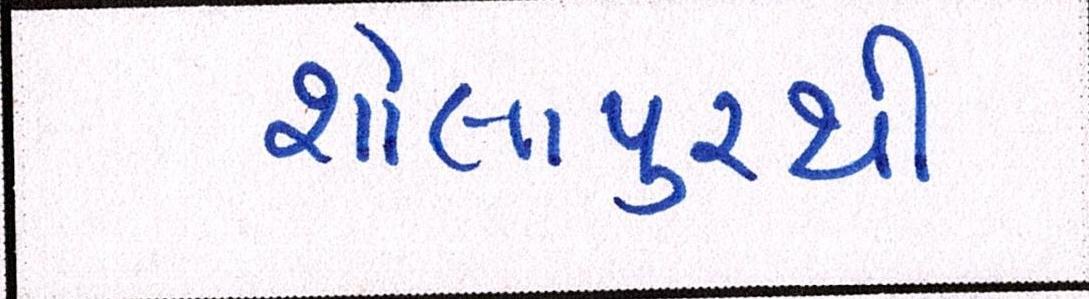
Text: શોલાપુરથી